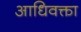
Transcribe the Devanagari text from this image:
आधिवक्ता